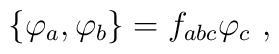
\{\varphi _a,\varphi _b\}=f_{abc}\varphi _c\ ,